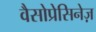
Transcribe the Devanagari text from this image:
वैसोप्रेसिनेज़